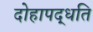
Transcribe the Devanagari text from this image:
दोहापद्धति